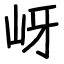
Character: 岈